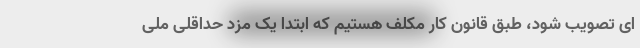
ای تصویب شود، طبق قانون کار مکلف هستیم که ابتدا یک مزد حداقلی ملی